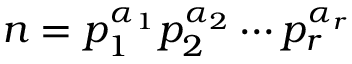
n = p _ { 1 } ^ { \alpha _ { 1 } } p _ { 2 } ^ { \alpha _ { 2 } } \cdots p _ { r } ^ { \alpha _ { r } }